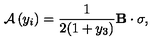
{ \cal A } \left( y _ { i } \right) = \frac { 1 } { 2 ( 1 + y _ { 3 } ) } { \bf B } \cdot \mathrm { \boldmath \sigma } ,